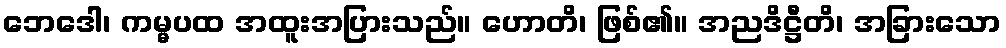
ဘေဒေါ၊ ကမ္မပထ အထူးအပြားသည်။ ဟောတိ၊ ဖြစ်၏။ အညဒိဋ္ဌီတိ၊ အခြားသော